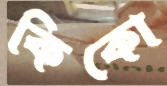
কিকো